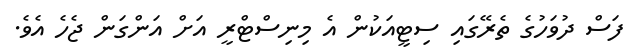
ފަސް ދުވަހުގެ ތެރޭގައި ސިޓީއަކުން އެ މިނިސްޓްރީ އަށް އަންގަން ޖެހެ އެވެ.